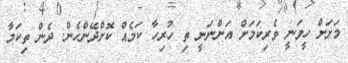
މަށަށް ހީވަނީ ވެރިކަމަށް އަންނަނީ ތި ހުރިހާ ކަމެއް ކޮށްދޭންހެން. ދެން ތިކަމާ